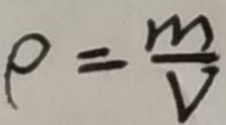
\rho = \frac { m } { V }